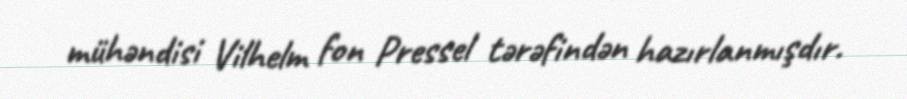
mühəndisi Vilhelm fon Pressel tərəfindən hazırlanmışdır.